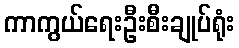
ကာကွယ်ရေးဦးစီးချုပ်ရုံး